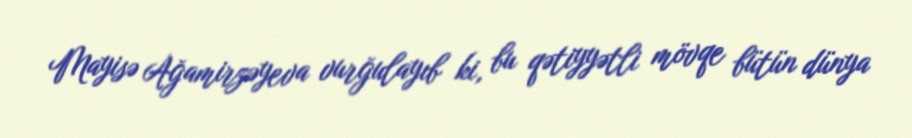
Mayisə Ağamirzəyeva vurğulayıb ki, bu qətiyyətli mövqe bütün dünya